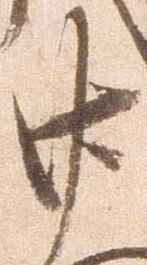
廿